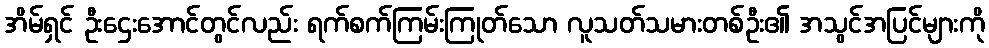
အိမ်ရှင် ဦးဌေးအောင်တွင်လည်း ရက်စက်ကြမ်းကြုတ်သော လူသတ်သမားတစ်ဦး၏ အသွင်အပြင်များကို